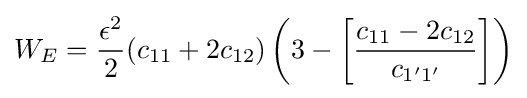
W_{E}={\frac {\epsilon ^{2}}{2}}(c_{11}+2c_{12})\left(3-\left[{\frac {c_{11}-2c_{12}}{c_{1'1'}}}\right]\right)